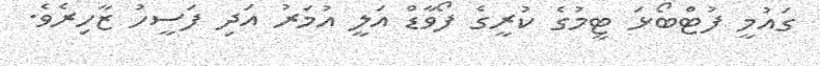
ގައުމީ ފުޓްބޯޅަ ޓީމުގެ ކުރީގެ ފޯވާޑް އަލީ އުމަރު އަދި ފަސީހު ޒާހިރެވެ.